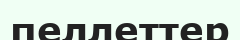
пеллеттер